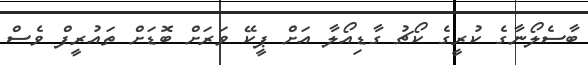
ބާސެލޯނާގެ ކުރީގެ ކޯޗު ގާޑިއޯލާ އަށް ޕީކޭ ވަރަށް ބޮޑަށް ތައުރީފް ވެސް